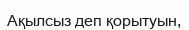
Ақылсыз деп қорытуын,